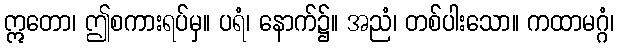
ဣတော၊ ဤစကားရပ်မှ။ ပရံ၊ နောက်၌။ အညံ၊ တစ်ပါးသော။ ကထာမဂ္ဂံ၊